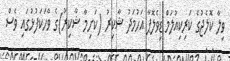
ވިލާ ކޮލެޖުގެ ކަރިކިއުލަމް ޑިވެލޮޕާ އަހުމަދު ޝާކިރު (ކަށިމާ ޝާކިރު)ގެ ވާހަކަފުޅުގައި ވެސް